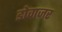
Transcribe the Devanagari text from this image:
डोवाजर